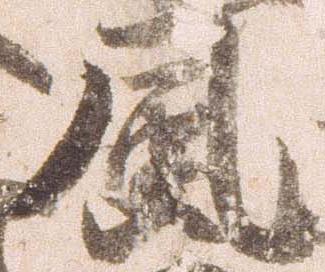
風